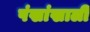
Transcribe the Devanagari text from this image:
पंखांखाली